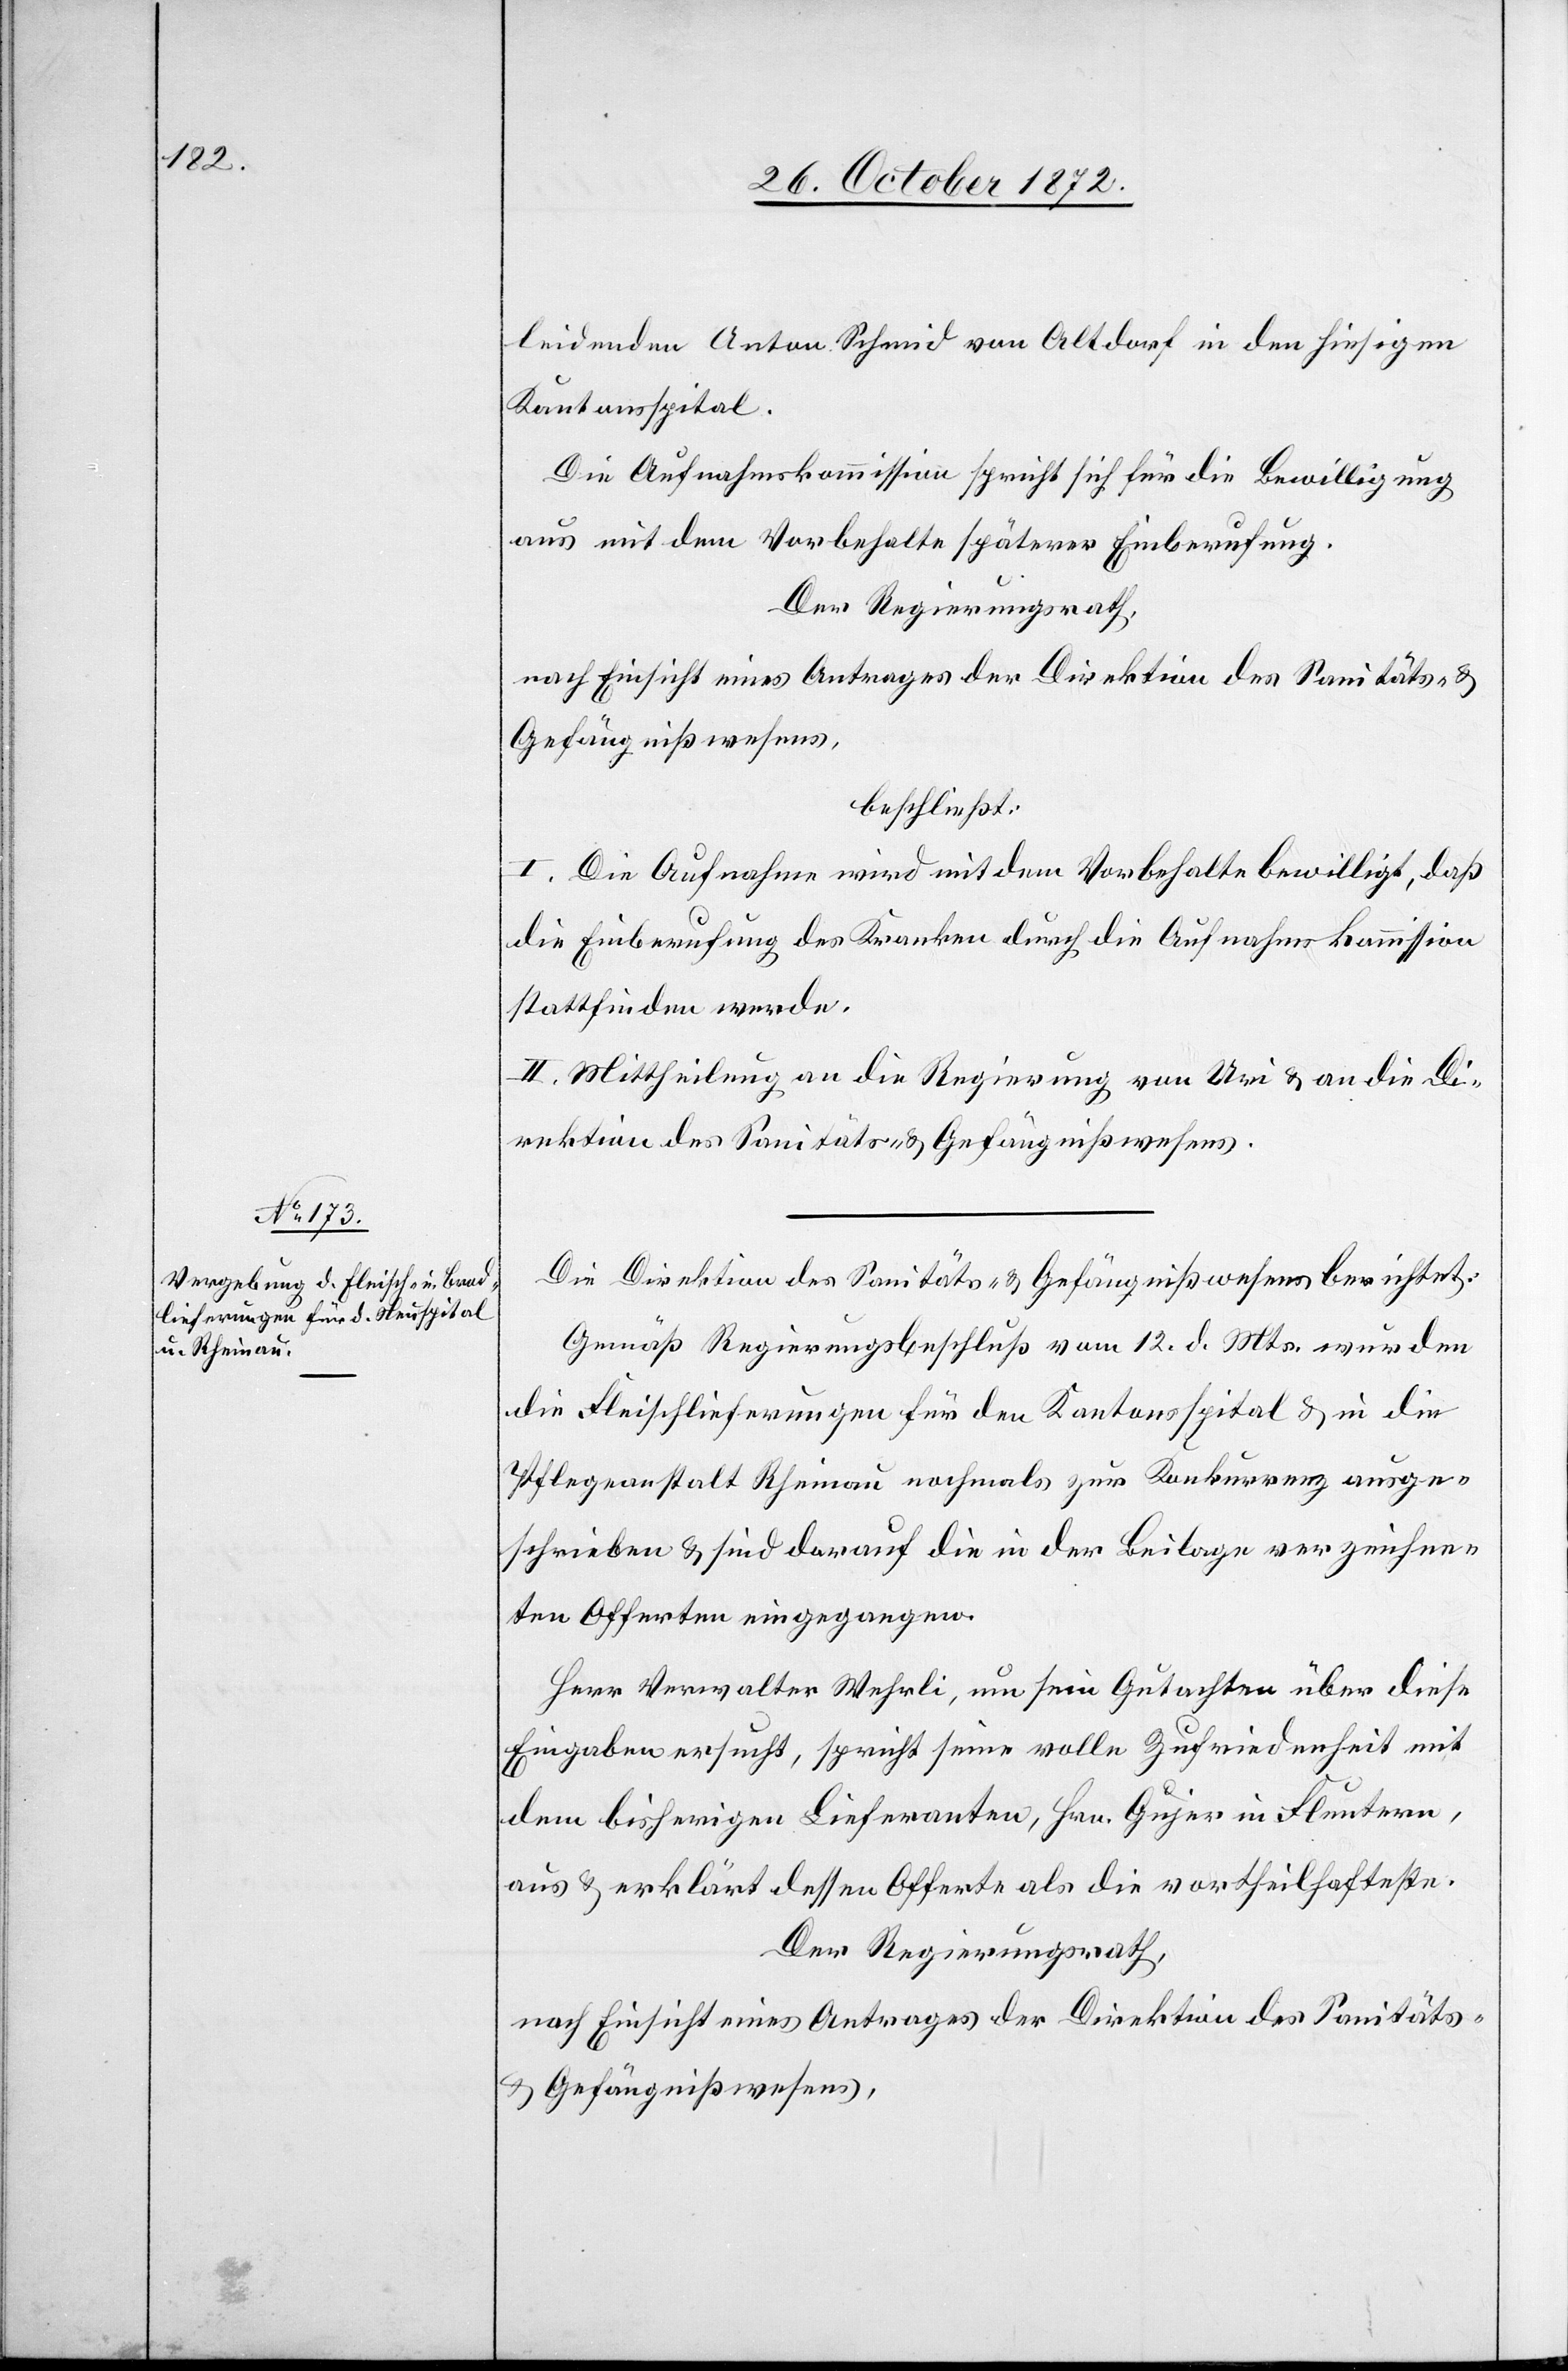
leidenden Anton Schmid von Altdorf in den hiesigen
Kantonsspital.
Die Aufnahmskommission spricht sich für die Bewilligung
aus mit dem Vorbehalte späterer Einberufung.
Der Regierungsrath,
nach Einsicht eines Antrages der Direktion des Sanitäts- u.
Gefängnißwesens,
beschließt:
I. Die Aufnahme wird mit dem Vorbehalte bewilligt, daß
die Einberufung des Kranken durch die Aufnahmskommission
stattfinden werde.
II. Mittheilung an die Regierung von Uri u. an die Di¬
rektion des Sanitäts- u. Gefängnißwesens.
Die Direktion des Sanitäts- u. Gefängnißwesens berichtet:
Gemäß Regierungsbeschluß vom 12. d. Mts. wurden
die Fleischlieferungen für den Kantonsspital u. in die
Pflegeanstalt Rheinau nochmals zur Konkurrenz ausge¬
schrieben u. sind darauf die in der Beilage verzeichne¬
ten Offerten eingegangen.
Herr Verwalter Wehrli, um sein Gutachten über diese
Eingaben ersucht, spricht seine volle Zufriedenheit mit
dem bisherigen Lieferanten, Hrn. Gujer in Fluntern,
aus u. erklärt dessen Offerte als die vortheilhafteste.
Der Regierungsrath,
nach Einsicht eines Antrages der Direktion des Sanitäts-
u. Gefängnißwesens,